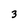
Character: 3